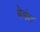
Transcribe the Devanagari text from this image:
बेबंद